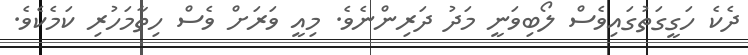
ދެކެ ހަގީގަތުގައިވެސް ލޯބިވަނީ މަދު ދަރިންނެވެ. މިއީ ވަރަށް ވެސް ހިތާމަހުރި ކަމެކެވެ.